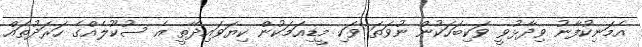
އެމަނިކުފާނު ވިދާޅުވީ ވަކިބަހަކުން ނުވަތަ ވަކި މީޑިއަމަކުން ކިޔަވައިދޭތީ އެ ސުކޫލެއްގެ ހަރަދުތައް